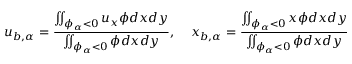
u _ { b , \alpha } = \frac { \iint _ { \phi _ { \alpha } < 0 } u _ { x } \phi d x d y } { \iint _ { \phi _ { \alpha } < 0 } \phi d x d y } , \; \; \; \; x _ { b , \alpha } = \frac { \iint _ { \phi _ { \alpha } < 0 } x \phi d x d y } { \iint _ { \phi _ { \alpha } < 0 } \phi d x d y }